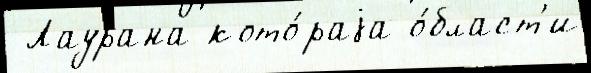
 Лаурана кото́раjа о́бласт'и